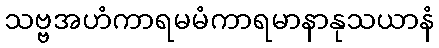
သဗ္ဗအဟံကာရမမံကာရမာနာနုသယာနံ